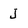
Character: J